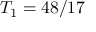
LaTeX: T _ { 1 } = 4 8 / 1 7